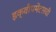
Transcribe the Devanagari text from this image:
इक्वीपमेंटसची